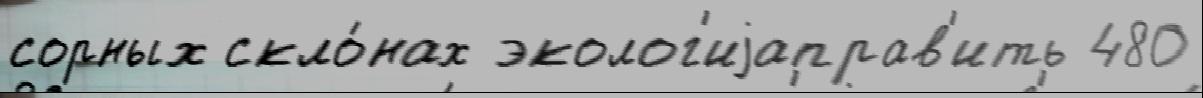
сорных скло́нах эколог'иjаправ'ить 480